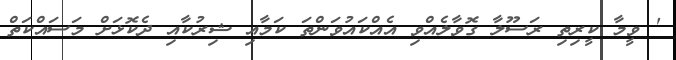
' ވީމާ ކީރިތި ރަސޫލާ ގޮވާލެއްވި އެއްކައުވަންތަ ކަމާއި ޝިރުކާއި ދެކޮޅަށް މަސައްކަތް